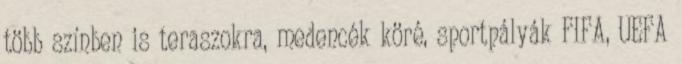
több színben is teraszokra, medencék köré, sportpályák FIFA, UEFA